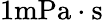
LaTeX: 1\mathrm{mPa\cdot s}